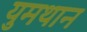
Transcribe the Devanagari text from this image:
युमथान